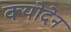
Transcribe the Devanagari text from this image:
क्योदेन